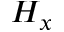
H _ { x }